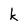
Character: k